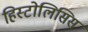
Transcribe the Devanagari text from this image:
हिस्टोलिसिस